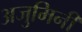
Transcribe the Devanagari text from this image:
अजुमिनी